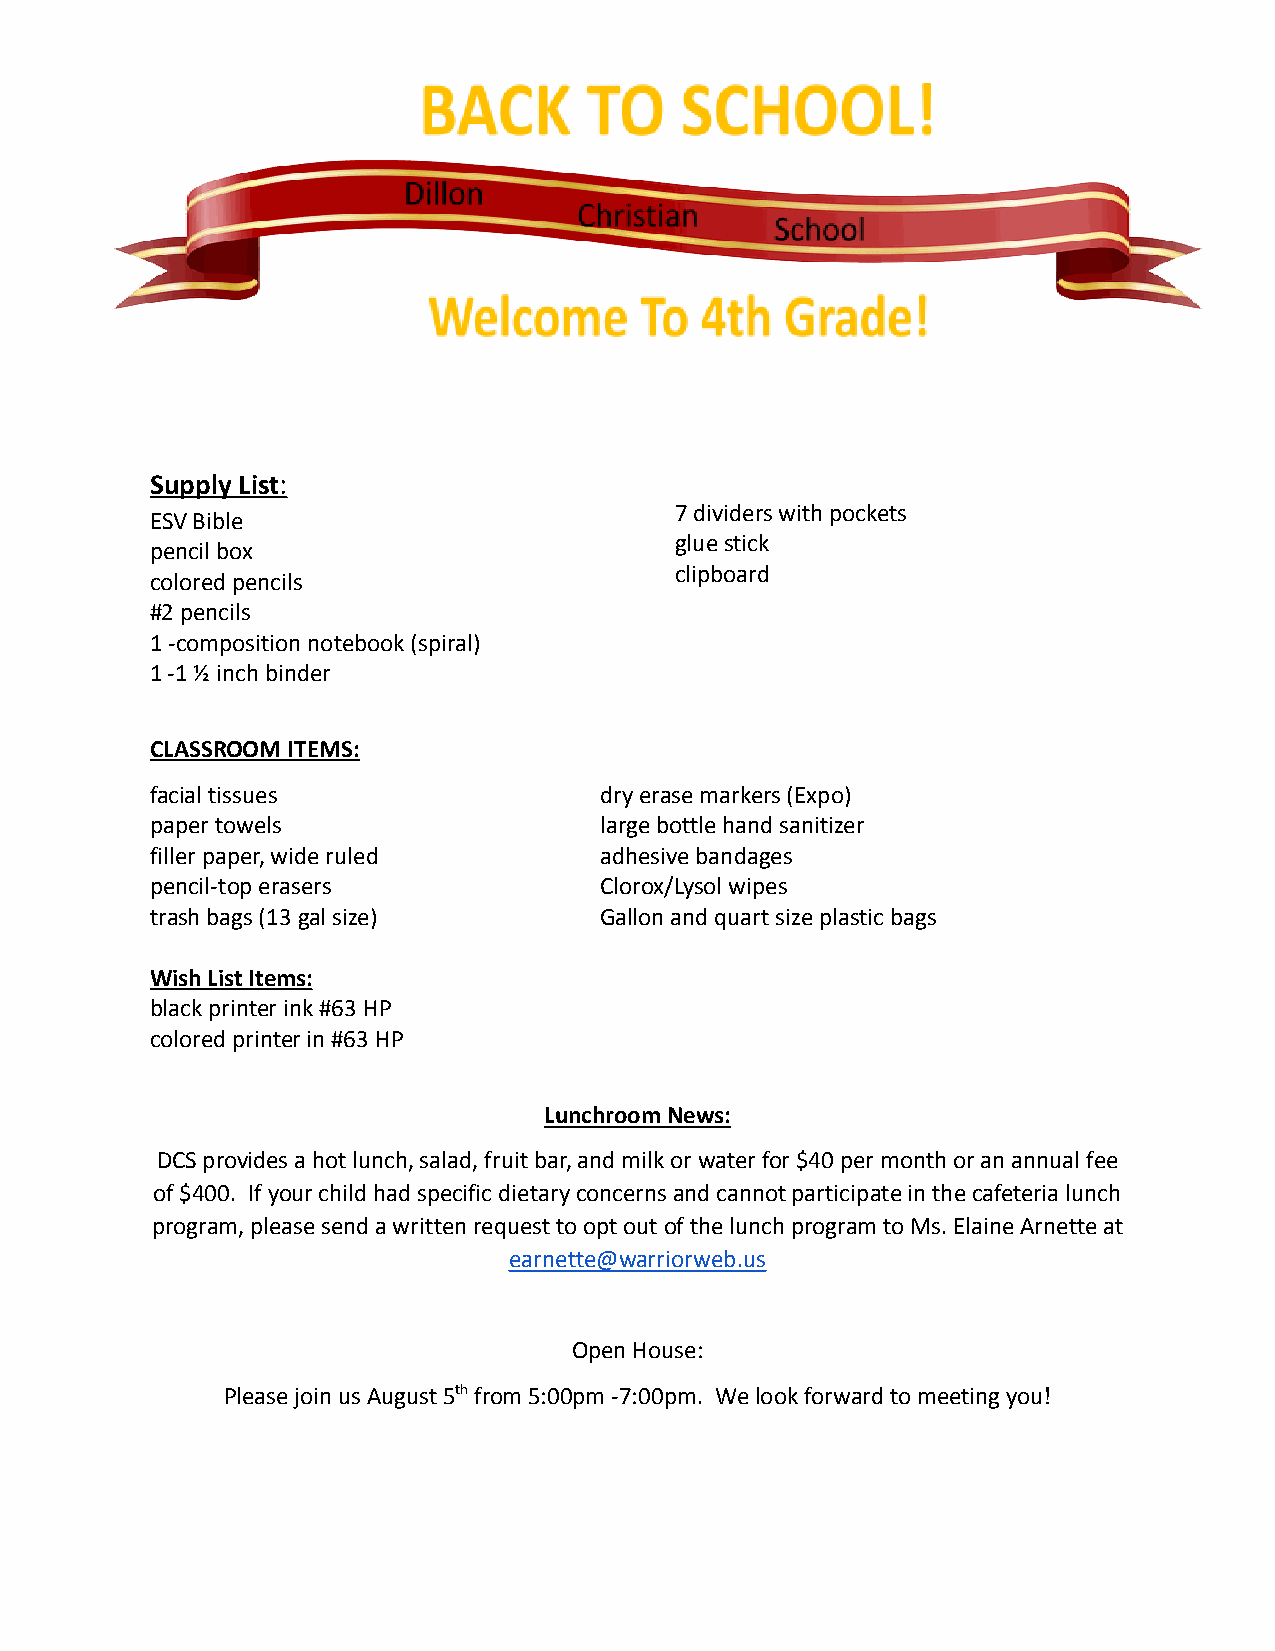
Supply List:
 7 dividers with pockets
 ESV Bible
 glue stick
 pencil box
 clipboard
 colored pencils
 #2 pencils
 1 -composition notebook (spiral)
 1 -1 ½ inch binder
 CLASSROOM ITEMS:
 facial tissues                dry erase markers (Expo)
 paper towels                  large bottle hand sanitizer
 filler paper, wide ruled      adhesive bandages
 pencil-top erasers            Clorox/Lysol wipes
 trash bags (13 gal size)      Gallon and quart size plasticbags
 Wish List Items:
 black printer ink #63 HP
 colored printer in #63 HP
 Lunchroom News:
 DCS provides a hot lunch, salad, fruit bar, and milkor water for $40 per month or an annual fee
 of $400. If your child had specific dietary concernsand cannot participate in the cafeteria lunch
 program, please send a written request to opt outof the lunch program to Ms. Elaine Arnette at
 earnette@warriorweb.us
 Open House:
 Please join us August 5thfrom 5:00pm -7:00pm. Welook forward to meeting you!